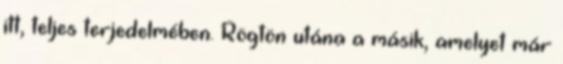
itt, teljes terjedelmé­ben. Rögtön utána a másik, a­melyet már